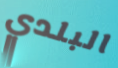
البلدي